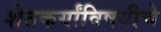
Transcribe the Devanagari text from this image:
शेतकर्यांविषयीचे